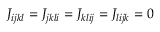
J _ { i j k l } = J _ { j k l i } = J _ { k l i j } = J _ { l i j k } = 0